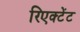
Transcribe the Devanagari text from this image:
रिएक्टेंट